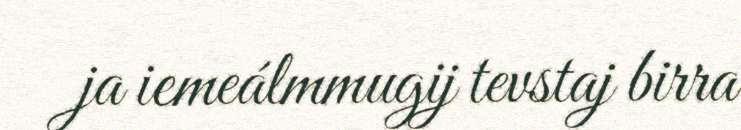
ja iemeálmmugij tevstaj birra